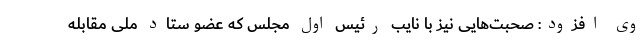
وی افزود: صحبت‌هایی نیز با نایب رئیس اول مجلس که عضو ستاد ملی مقابله